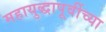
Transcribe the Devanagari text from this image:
महायुद्धापूर्वीच्या